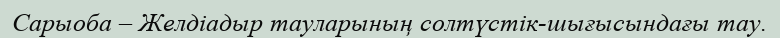
Сарыоба – Желдіадыр тауларының солтүстік-шығысындағы тау.